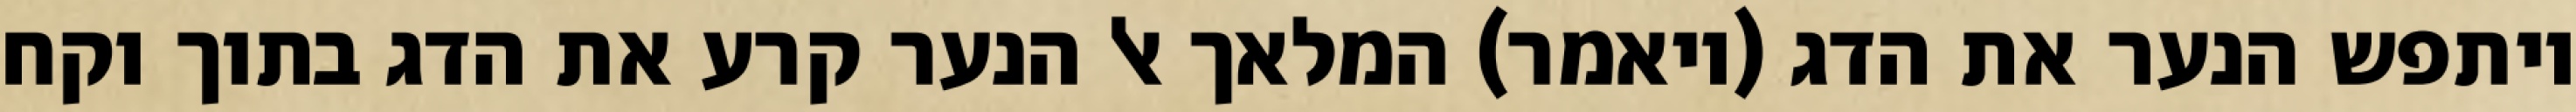
ויתפש הנער את הדג (ויאמר) המלאך אל הנער קרע את הדג בתוך וקח